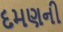
દમણની